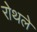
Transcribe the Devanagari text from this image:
रोथले